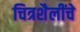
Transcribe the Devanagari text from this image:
चित्रशैलींचे